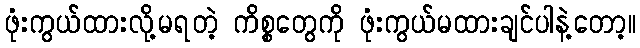
ဖုံးကွယ်ထားလို့မရတဲ့ ကိစ္စတွေကို ဖုံးကွယ်မထားချင်ပါနဲ့တော့။